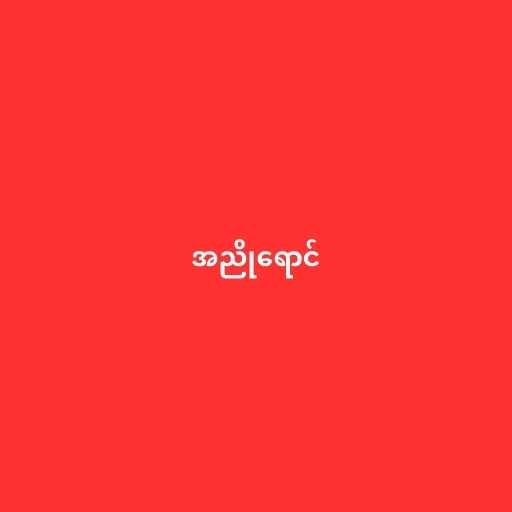
အညိုရောင်